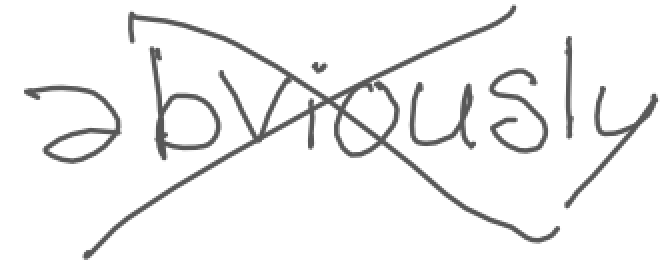
Text: abviously
Cross-out: cross
Writing tool: digital_gray